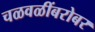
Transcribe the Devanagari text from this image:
चळवळींबरोबर